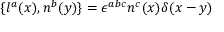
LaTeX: \{ l ^ { a } ( x ) , n ^ { b } ( y ) \} = \epsilon ^ { a b c } n ^ { c } ( x ) \delta ( x - y )